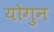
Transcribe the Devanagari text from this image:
योगुन